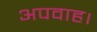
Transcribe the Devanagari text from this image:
अपवाह।